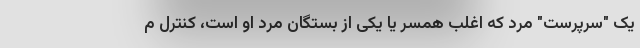
یک "سرپرست" مرد که اغلب همسر یا یکی از بستگان مرد او است، کنترل م